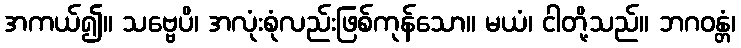
အကယ်၍။ သဗ္ဗေပိ၊ အလုံးစုံလည်းဖြစ်ကုန်သော။ မယံ၊ ငါတို့သည်။ ဘဂဝန္တံ၊